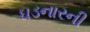
ઘડનારની